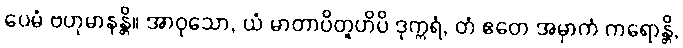
ပေမံ ဗဟုမာနန္တိ။ အာဝုသော, ယံ မာတာပိတူဟိပိ ဒုက္ကရံ, တံ ဧတေ အမှာကံ ကရောန္တိ,